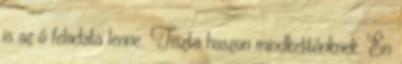
is az ő feladata lenne. Tiszta haszon mindkettőnknek. Én